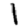
Digit: 1